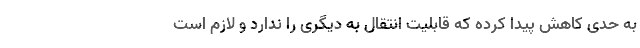
به حدی کاهش پیدا کرده که قابلیت انتقال به دیگری را ندارد و لازم است